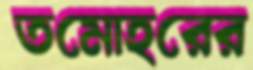
তমোহরের